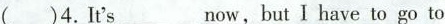
( )4.It's___now,butI have to go to